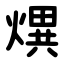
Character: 熼